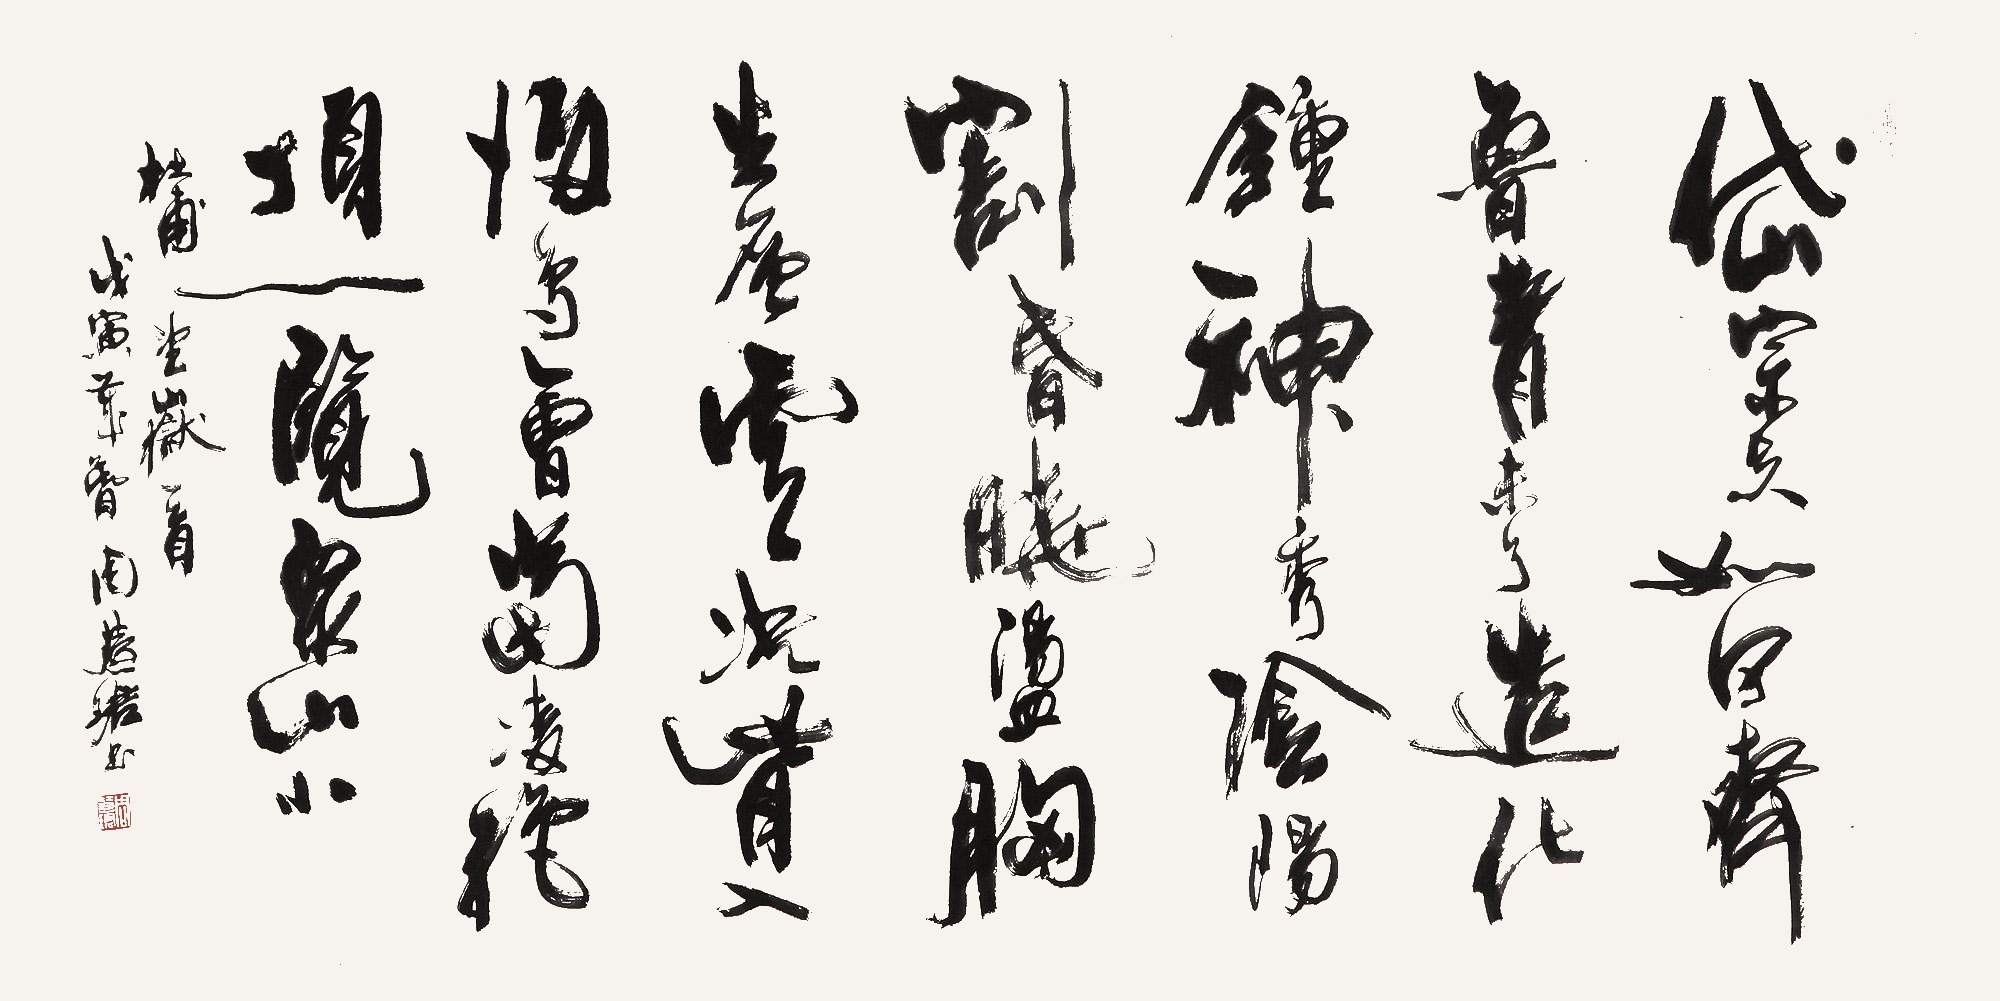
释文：岱宗夫如何？齐鲁青未了。造化钟神秀，阴阳割昏晓。荡胸生曾云，决眦入归鸟。会当凌绝顶，一览众山小。杜甫望岳一首，戊寅（1998年）岁春，周慧珺书。